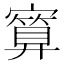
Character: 𪧯